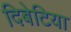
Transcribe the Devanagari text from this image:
दिबेटिया